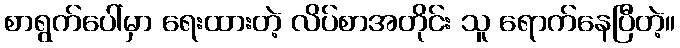
စာရွက်ပေါ်မှာ ရေးထားတဲ့ လိပ်စာအတိုင်း သူ ရောက်နေပြီတဲ့။